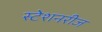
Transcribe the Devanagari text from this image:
स्टेशनरीज